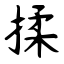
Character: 揉